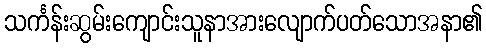
သင်္ကန်းဆွမ်းကျောင်းသူနာအားလျောက်ပတ်သောအနာ၏